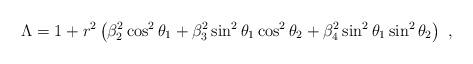
LaTeX: \begin{align*} \Lambda= 1 + r^2\left(\beta_2^2\cos^2\theta_1 + \beta_3^2\sin^2\theta_1 \cos^2\theta_2 + \beta_4^2\sin^2\theta_1\sin^2 \theta_2\right)~,\end{align*}